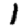
Digit: 1